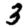
Digit: 3